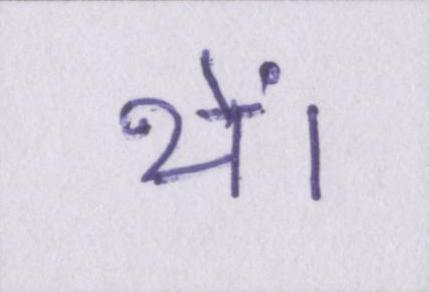
थें।